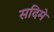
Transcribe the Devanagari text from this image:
सदिमे